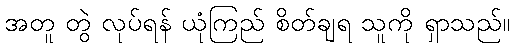
အတူ တွဲ လုပ်ရန် ယုံကြည် စိတ်ချရ သူကို ရှာသည်။